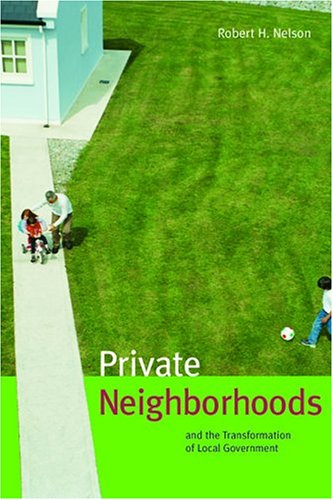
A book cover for Private Neighborhoods and the Transformation of Local Government; Robert Nelson; Law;